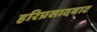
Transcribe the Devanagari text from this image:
हरिप्रसादबाट